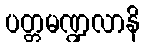
ပတ္တမဏ္ဍလာနိ